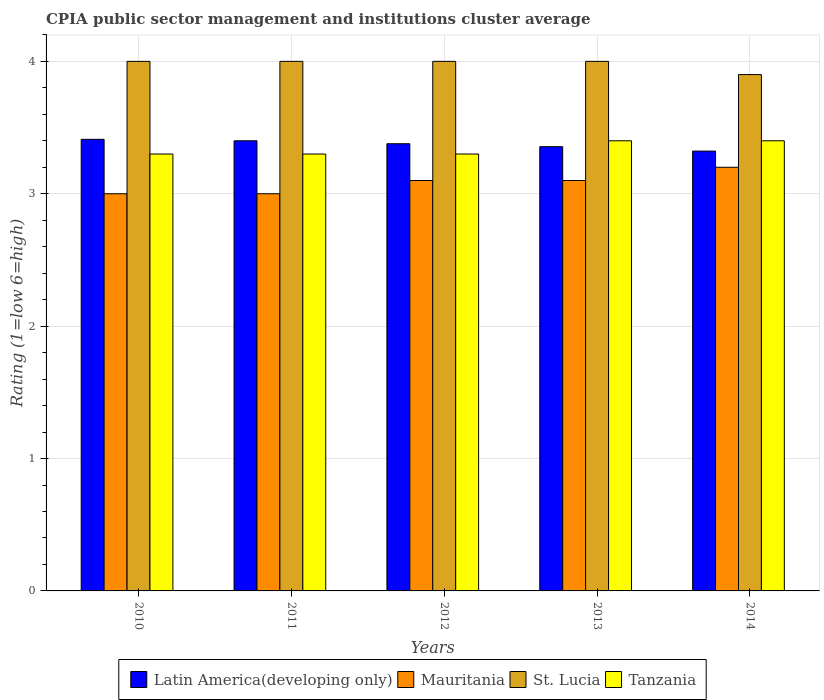
| Years | Latin America(developing only) | Mauritania | St. Lucia | Tanzania |
 | --- | --- | --- | --- | --- |
 | 2010 | 3.41 | 3 | 4 | 3.3 |
 | 2011 | 3.4 | 3 | 4 | 3.3 |
 | 2012 | 3.38 | 3.1 | 4 | 3.3 |
 | 2013 | 3.36 | 3.1 | 4 | 3.4 |
 | 2014 | 3.32 | 3.2 | 3.9 | 3.4 |